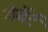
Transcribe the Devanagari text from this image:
गेर्बेर्ट